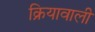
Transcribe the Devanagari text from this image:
क्रियावाली